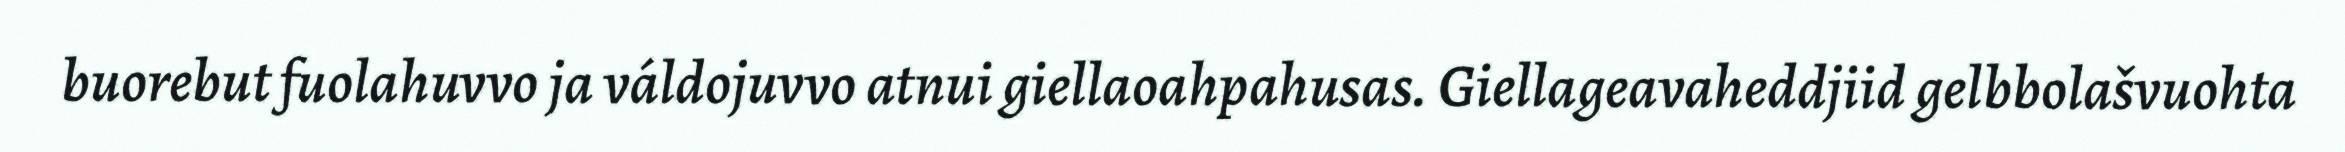
buorebut fuolahuvvo ja váldojuvvo atnui giellaoahpahusas. Giellageavaheddjiid gelbbolašvuohta